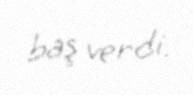
baş verdi.